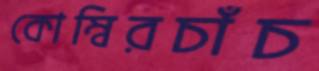
কোম্বিরচাঁচ